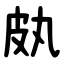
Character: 㿪